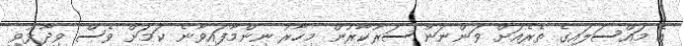
އެ މައްސަލައިގެ ތެރެއަށް ވަންނަން ސަރުކާރުން މިހާރު ނިންމާފައިވާނެ ކަމަށް ވެސް ވިދާޅުވި